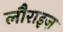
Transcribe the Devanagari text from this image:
लौराइज़